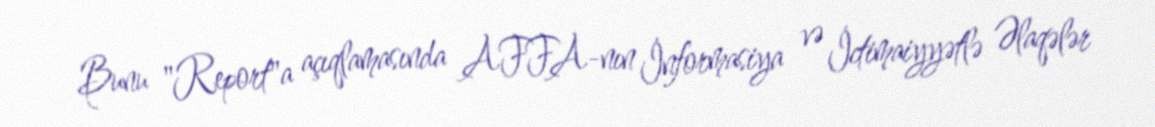
Bunu "Report"a açıqlamasında AFFA-nın İnformasiya və İctimaiyyətlə Əlaqələr